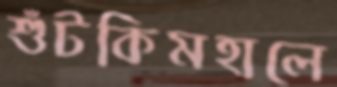
শুঁটকিমহালে